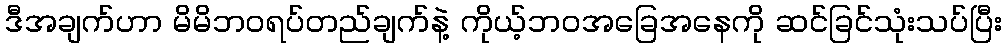
ဒီအချက်ဟာ မိမိဘဝရပ်တည်ချက်နဲ့ ကိုယ့်ဘဝအခြေအနေကို ဆင်ခြင်သုံးသပ်ပြီး